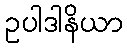
ဥပါဒါနိယာ